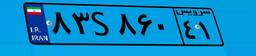
۹۸S۱۰۸۳۴